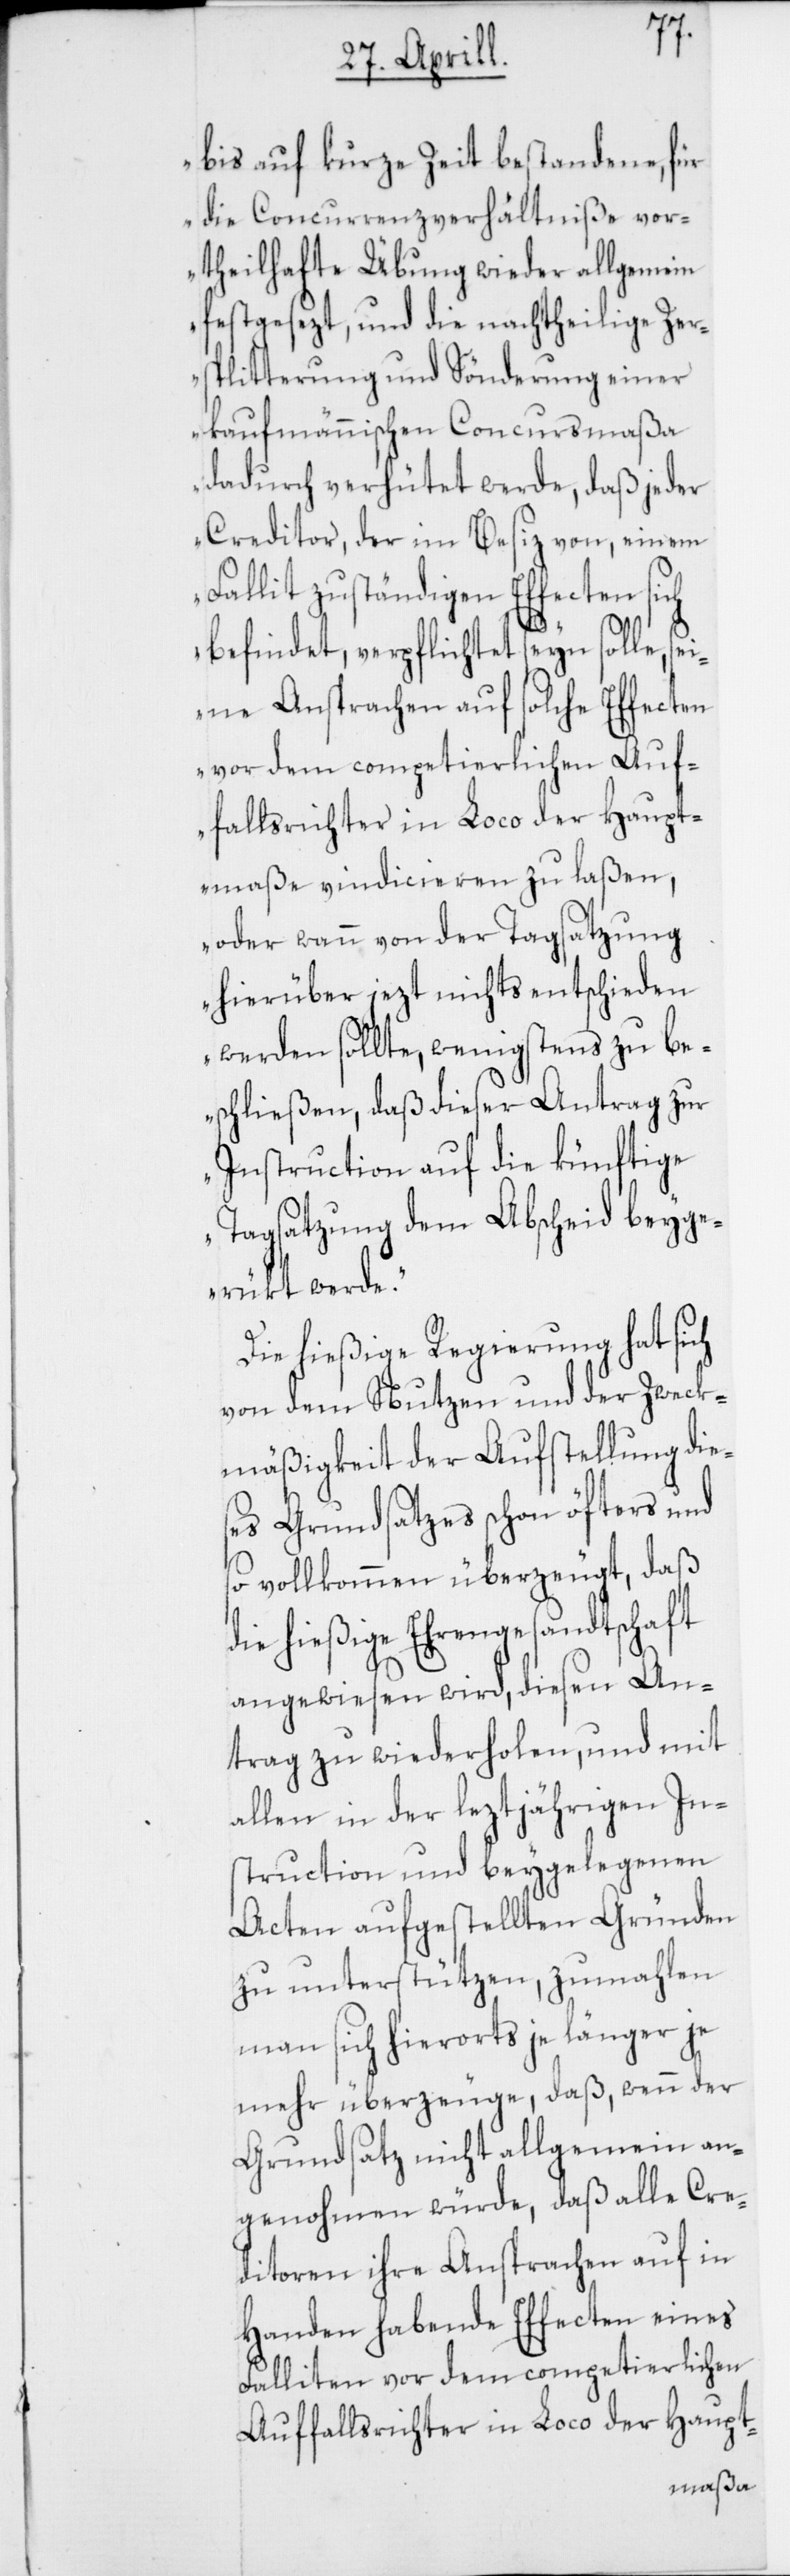
bis auf kurze Zeit bestandene, für
die Concurrenzverhältniße vor¬
theilhafte Übung wieder allgemein
festgesezt, und die nachtheilige Zer¬
splitterung und Sönderung einer
Kaufmännischen Concursmaßa
dadurch verhütet werde, daß jeder
Creditor, der im Besitz von, einem
Fallit zuständigen Effecten sich
befindet, verpflichtet seyn solle, se¬
ine Ansprachen auf solche Effecten
vor dem competierlichen Auf¬
fallsrichter in Loco der Haupt¬
maße vindicieren zu laßen,
oder wann von der Tagsatzung
hierüber jezt nichts entschieden
werden sollte, wenigstens zu be¬
schließen, daß dieser Antrag zur
Instruction auf die künftige
Tagsatzung dem Abscheid beyge¬
rükt werde.“
Die hießige Regierung hat sich
von dem Nutzen und der Zweck¬
mäßigkeit der Aufstellung die¬
ses Grundsatzes schon öfters und
so vollkommen überzeugt, daß
die hießige Ehrengesandtschaft
angewiesen wird, diesen An¬
trag zu wiederholen, und mit
allen in der leztjährigen In¬
struction und beygelegenen
Acten aufgestellten Gründen
zu unterstützen, zumahlen
man sich hierorts je länger je
mehr überzeuge, daß, wenn der
Grundsatz nicht allgemein an¬
genohmen würde, daß alle Cre¬
ditoren ihre Ansprachen auf in
Handen habende Effecten eines
Falliten vor dem competierlichen
Auffallsrichter in Loco der Haupt-